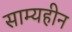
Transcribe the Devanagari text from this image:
साम्यहीन